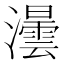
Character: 𤃅